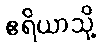
ဧရိယာသို့